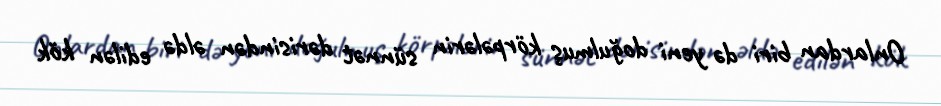
Onlardan biri də yeni doğulmuş körpələrin sünnət dərisindən əldə edilən kök